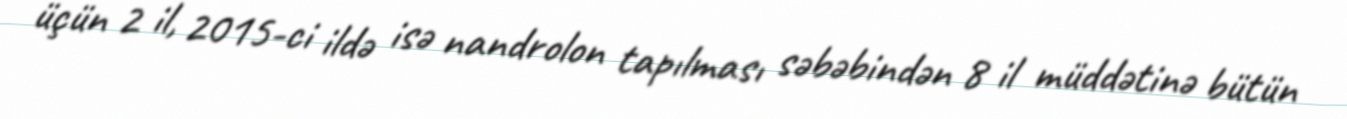
üçün 2 il, 2015-ci ildə isə nandrolon tapılması səbəbindən 8 il müddətinə bütün